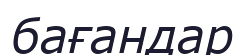
бағандар